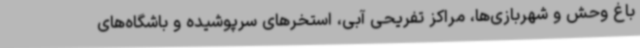
باغ وحش و شهربازی‌ها، مراکز تفریحی آبی، استخرهای سرپوشیده و باشگاه‌های